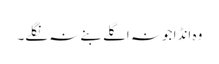
وہ انڈا جو نہ اگلے بنے نہ نگلے۔